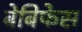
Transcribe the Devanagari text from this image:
बेबिफेस